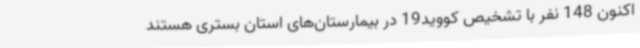
اکنون 148 نفر با تشخیص کووید19 در بیمارستان‌های استان بستری هستند